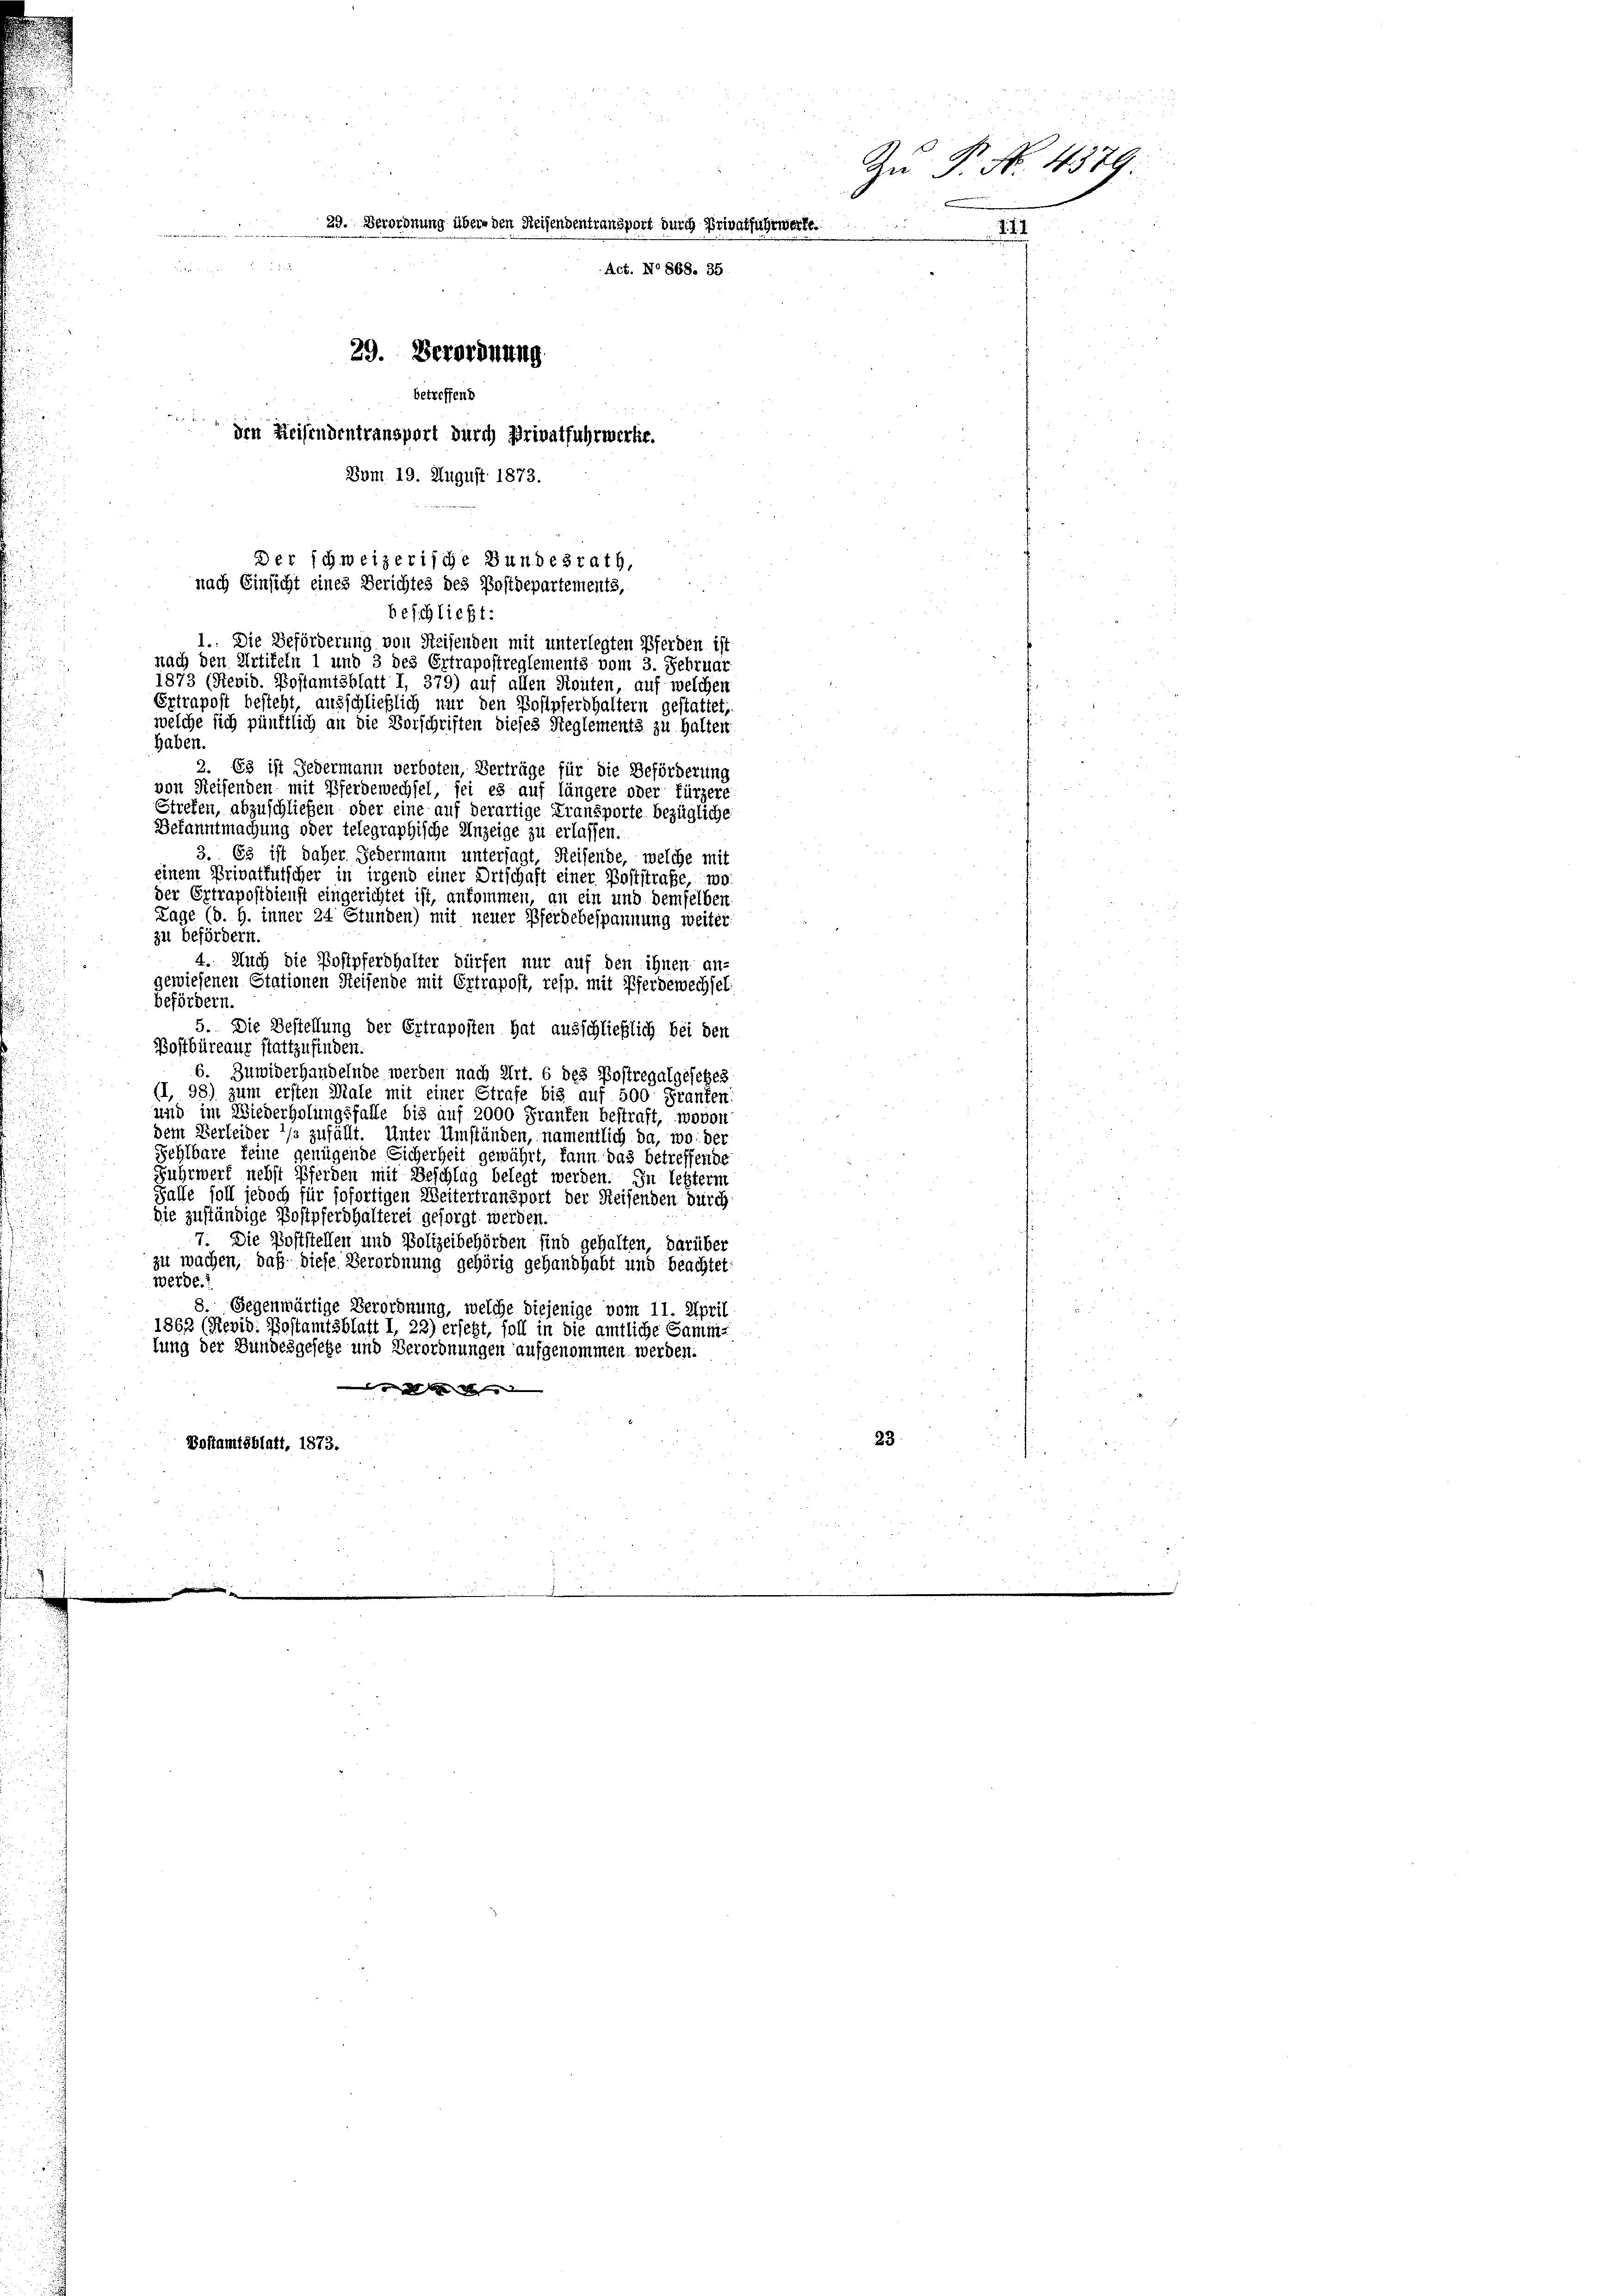
An P. No. 4376
29. Verordnung über den Reisendentransport durch Privatfuhrwerfe
.
 Litern die

Act. No 868. 35
29. Verordnung
betreffend

den Reisendentransport durch Privatfuhrwerke.
Bom 19. August 1873.

haben.
2. Es ist Jedermann verboten, Verträge für die Beförderung
von Reisenden mit Pferdewechsel, sei es auf längere oder fürzere
Strefen, abzuschließen oder eine auf derartige Transporte bezügliche
Bekanntmachung oder telegraphische Anzeige zu erlassen.
3. 63 ist daher Gedermann untersagt, Reisende, welche mit
einem Privatfutscher in irgend einer Ortschaft einer Poststraße, wo
der Ertrapostdienst eingerichtet ist, ankommen, an ein und demselben
Lage (d. h. inner 24 Stunden) mit neuer Pferdebespannung weiter
zu befördern.
4. Auch die Postpferdhalter dürfen nur auf den ihnen an-
gewiesenen Stationen Steifende mit Ertrapost, resp. mit Pferdewechsel.
befördern.
5. Die Bestellung der Ertraposten hat ausschließlich bei den
Bostbüreaur stattzufinden.
6. Zuwiderhandelnde werden nach Art. 6 des Postregalgesetzes
(I, 98) zum ersten Male mit einer Strafe bis auf 500 Franken:
und im Wiederholungsfalle bis auf 2000 Franten bestraft, wovon
dem Verleider */s zufällt. Unter Umständen, namentlich da, wo der
Schlbare feine genügende Sicherheit gewährt, kann das betreffende
Fuhrwert nebst Pferden mit Beschlag belegt werden. In letzterm
Falle soll jedoch für sofortigen Weitertransport der Reisenden durch
die zuständige Postpferdhalterei gesorgt werden.
7. Die Poststellen und Polizeibehörden sind gehalten, darüber
zu wachen, daß diese Verordnung gehörig gehandhabt und beachtet,
Werde.
8. Gegenwärtige Verordnung, welche diejenige vom 11. April
1862 (Revid. Postamtsblatt 1, 22) ersetzt, soll in die amtliche Samm-
lung der Bundesgesetze und Verordnungen aufgenommen. werden.
 g der N
Doftamtsblatt, 1873.

Der schweizerische Bundesrath,
nach Einsicht eines Berichtes des Postdepartements,
beschließt:
1. Die Beförderung von Reisenden mit unterlegten Pferden ist
nach den Artikeln 1 und 3 des Ertrapostreglements vom 3. Februar
1873 (Rievid. Postamtsblatt I, 379) auf allen Routen, auf welchen
Ertrapost besteht, ausschließlich nur den Bostpfershaltern gestattet,
welche sich pünktlich an die Vorschriften dieses Reglements zu halten